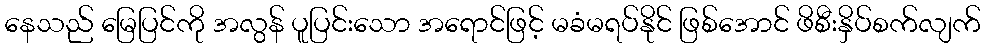
နေသည် မြေပြင်ကို အလွန် ပူပြင်းသော အရောင်ဖြင့် မခံမရပ်နိုင် ဖြစ်အောင် ဖိစီးနှိပ်စက်လျက်